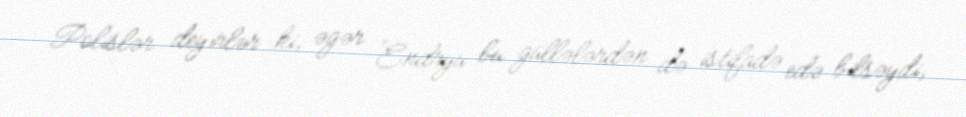
Polislər deyirlər ki, əgər Endryu bu güllələrdən də istifadə edə bilsəydi,